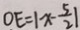
O E = 1 x - \frac { 5 } { 2 } \vert